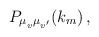
\begin{align*}P_{\mu_{v^{\vphantom{\prime}}} \mu_{v'}}(k_m) \,, \end{align*}